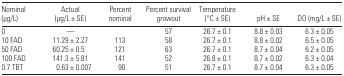
| Nominal (μg/L) | Actual (μg/L ± SE) | Percent nominal | Percent survival growout | Temperature (°C ± SE) | pH ± SE | DO (mg/L ± SE) |
 | --- | --- | --- | --- | --- | --- | --- |
 | 0 | — |  | 57 | 26.7 ± 0.1 | 8.8 ± 0.03 | 6.3 ± 0.05 |
 | 10 FAD | 11.29 ± 2.27 | 113 | 58 | 26.7 ± 0.1 | 8.8 ± 0.02 | 6.5 ± 0.05 |
 | 50 FAD | 60.25 ± 0.5 | 121 | 63 | 26.7 ± 0.1 | 8.7 ± 0.04 | 6.2 ± 0.05 |
 | 100 FAD | 141.3 ± 5.81 | 141 | 52 | 26.8 ± 0.1 | 8.7 ± 0.02 | 6.3 ± 0.04 |
 | 0.7 TBT | 0.63 ± 0.007 | 90 | 51 | 26.7 ± 0.1 | 8.7 ± 0.04 | 6.3 ± 0.05 |